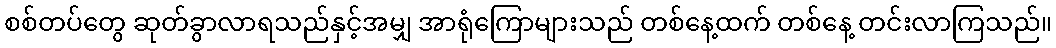
စစ်တပ်တွေ ဆုတ်ခွာလာရသည်နှင့်အမျှ အာရုံကြောများသည် တစ်နေ့ထက် တစ်နေ့ တင်းလာကြသည်။